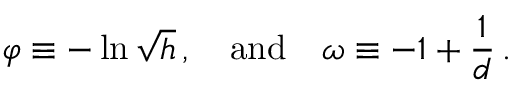
\varphi \equiv - \ln \sqrt { h } \, , \quad \mathrm { a n d } \quad \omega \equiv - 1 + \frac { 1 } { d } \, .